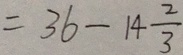
= 3 6 - 1 4 \frac { 2 } { 3 }